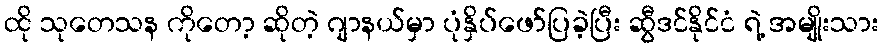
ထို သုတေသန ကိုတော့ ဆိုတဲ့ ဂျာနယ်မှာ ပုံနှိပ်ဖော်ပြခဲ့ပြီး ဆွီဒင်နိုင်ငံ ရဲ့ အမျိုးသား